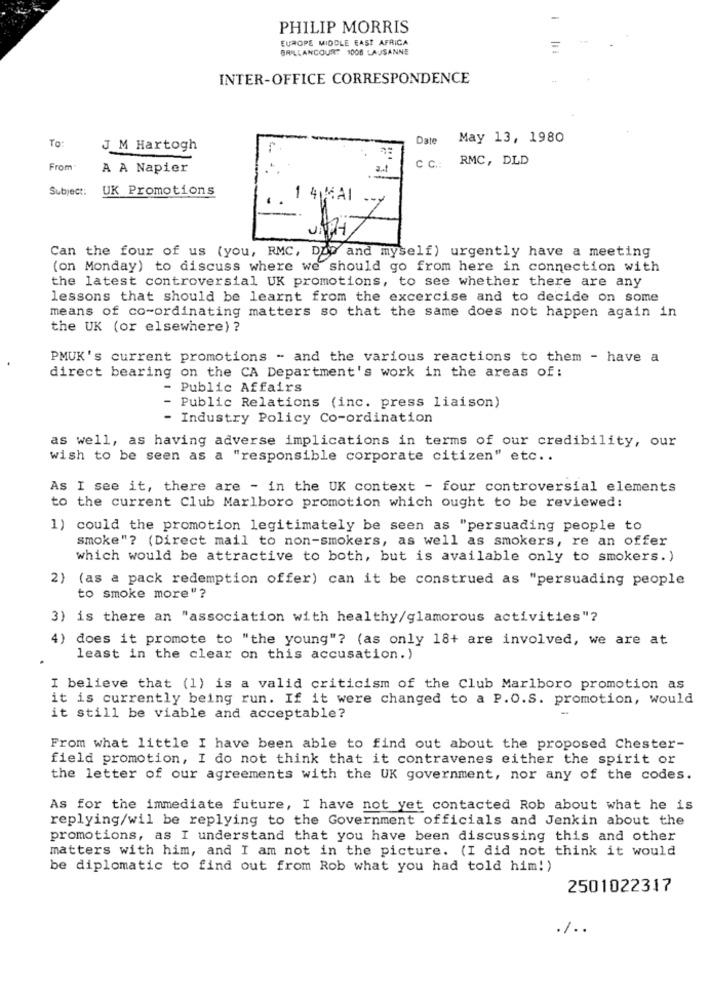
-
PHILIP MORRIS
EUROPE MIDDLE EAST AFRICA
BRILLANCOURT 1008 LAUSANNE
=
INTER-OFFICE CORRESPONDENCE
-
Date
May 13, 1980
To:
J M Hartogh
RMC, DLD
From
A A Napier
C C .:
Subject:
UK Promotions
1 4 MAI
Can the four of us (you, RMC, Dow and myself) urgently have a meeting
(on Monday) to discuss where we should go from here in connection with
the latest controversial UK promotions, to see whether there are any
lessons that should be learnt from the excercise and to decide on some
means of co-ordinating matters so that the same does not happen again in
the UK (or elsewhere) ?
PMUK's current promotions - and the various reactions to them - have a
direct bearing on the CA Department's work in the areas of:
- Public Affairs
- Public Relations (inc. press liaison)
Industry Policy Co-ordination
as well, as having adverse implications in terms of our credibility, our
wish to be seen as a "responsible corporate citizen" etc ..
As I see it, there are - in the UK context - four controversial elements
to the current Club Marlboro promotion which ought to be reviewed:
1) could the promotion legitimately be seen as "persuading people to
smoke"? (Direct mail to non-smokers, as well as smokers, re an offer
which would be attractive to both, but is available only to smokers. )
2} (as a pack redemption offer) can it be construed as "persuading people
to smoke more"?
3) is there an "association with healthy/glamorous activities"?
4) does it promote to "the young"? (as only 18+ are involved, we are at
least in the clear on this accusation.)
I believe that (1) is a valid criticism of the Club Marlboro promotion as
it is currently being run. If it were changed to a P.O.S. promotion, would
it still be viable and acceptable?
From what little I have been able to find out about the proposed Chester-
field promotion, I do not think that it contravenes either the spirit or
the letter of our agreements with the UK government, nor any of the codes.
As for the immediate future, I have not yet contacted Rob about what he is
replying/wil be replying to the Government officials and Jenkin about the
promotions, as I understand that you have been discussing this and other
matters with him, and I am not in the picture. (I did not think it would
be diplomatic to find out from Rob what you had told him! )
2501022317
./ ..